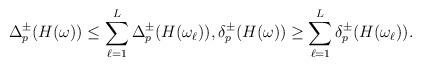
LaTeX: \begin{align*}\Delta_p^\pm(H(\omega))\leq\sum_{\ell=1}^L\Delta_p^\pm(H(\omega_\ell)),\delta_p^\pm(H(\omega))\geq\sum_{\ell=1}^L\delta_p^\pm(H(\omega_\ell)).\end{align*}